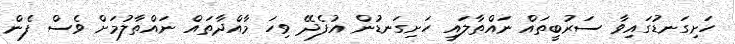
ހަށިގަނޑުގައިވާ ސަރުބީތައް ނައްތާލައި ހަށިގަނޑުން އުފެދޭ ވިހަ މާއްދާތައް ނައްތާލުމަށް ވެސް ފެން